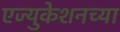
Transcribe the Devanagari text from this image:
एज्युकेशनच्या